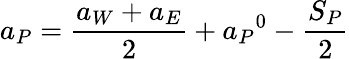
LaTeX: a_{P}={\frac{a_{W}+a_{E}}{2}}+{a_{P}}^{0}-{\frac{S_{P}}{2}}